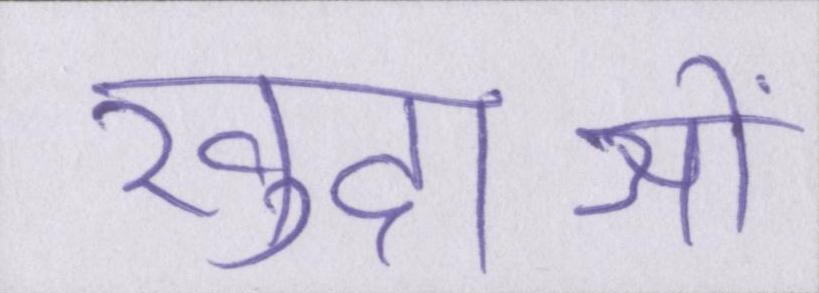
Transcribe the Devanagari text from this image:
खुदाओं